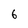
Character: 6